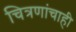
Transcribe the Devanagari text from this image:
चित्रणांचाही